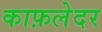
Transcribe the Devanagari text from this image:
काफ़लेदर